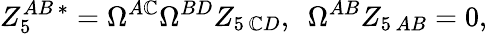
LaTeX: Z_{5}^{AB\, *}=\Omega^{A\mathbb{C}}\Omega^{BD}Z_{5\, \mathbb{C}D},\ \ \Omega^{AB}Z_{5\, AB}=0,